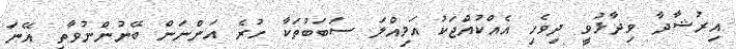
އިރުޝާދާ ވިދާޅުވީ ދިވެހި އެއްކުއްޖަކު އަމިއްލަ ސަބަބުތަކާ ހުރެ އަންނަން ބޭނުންނުވާތީ އޭނަ